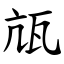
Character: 㼚